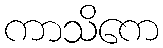
ကာသိကေ